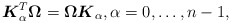
\begin{align*} \boldsymbol{K}_\alpha^T\boldsymbol{\Omega}=\boldsymbol{\Omega} \boldsymbol{K}_\alpha, \alpha=0,\ldots , n-1 ,\end{align*}